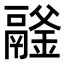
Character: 𩱉